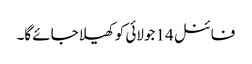
فائنل 14 جولائی کو کھیلا جائے گا۔